Papaver somniferum - Opium : an extract from the sixth volume of the Dictionary of Economic Products of India
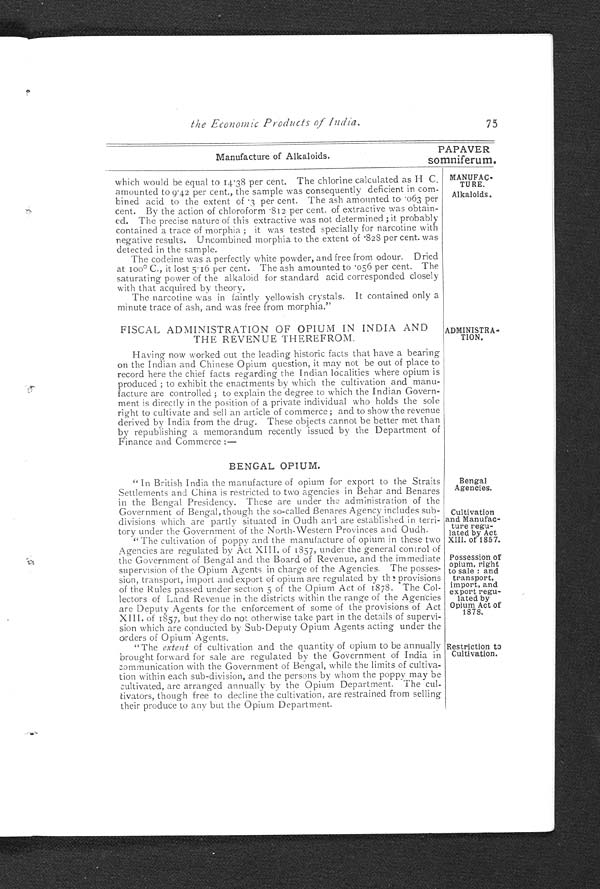
Manufacture of Alkaloids.
PAPAVER
somniferum.
MANUFAC-
TURE.
Alkaloids.
ADMINISTRA-
TION.
Bengal
Agencies.
Cultivation
and Manufac--
ture regu--
lated by Act
XIII. of 1857.
Possession of
opium, right
to sale: and
transport,
import, and
export regu
-
lated by
Opium Act of
1878.
the Economic Products of India.
7 5
which would be equal to 14.38 per cent. The chlorine calculated as H C.
amounted to 9.42 per cent., the sample was consequently deficient in com
-bined acid to the extent of .3 per cent. The ash amounted to .063 per
cent. By the action of chloroform .812 per cent. of extractive was obtain-
-ed. The precise nature of this extractive was not determined; it probably
contained a trace of morphia; it was tested specially for narcotine with
negative results. Uncombined morphia to the extent of .828 per cent. was
detected in the sample.
The codeine was a perfectly white powder, and tree from odour. Dried
at 100°C., it lost 5.16 per cent. The ash amounted to .056 per cent. The
saturating power of the alkaloid for standard acid corresponded closely
with that acquired by theory.
The narcotine was in faintly yellowish crystals. It contained only a
minute trace of ash, and was free from morphia."
FISCAL ADMINISTRATION OF OPIUM IN INDIA AND
THE REVENUE THEREFROM.
Having now worked out the leading historic facts that have a bearing
on the Indian and Chinese Opium question, it may not be out of place to
record here the chief facts regarding the Indian localities where opium is
produced; to exhibit the enactments by which the cultivation and manu
-facture are controlled; to explain the degree to which the Indian Govern
-ment is directly in the position of a private individual who holds the sole
right to cultivate and sell an article of commerce; and to show the revenue
derived by India from the drug. These objects cannot be better met than
by republishing a memorandum recently issued by the Department of
Finance and Commerce:—
BENGAL OPIUM.
"In British India the manufacture of opium for export to the Straits
Settlements and China is restricted to two agencies in Behar and Benares
in the Bengal Presidency. These are under the administration of the
Government of Bengal, though the so-called Benares Agency includes sub
-divisions which are partly situated in Oudh and are established in terri--
tory under the Government of the North-Western Provinces and Oudh.
"The cultivation of poppy and the manufacture of opium in these two
Agencies are regulated by Act XIII. of 1857, under the general control of
the Government of Bengal and the Board of Revenue, and the immediate
supervision of the Opium Agents in charge of the Agencies. The posses
-sion, transport, import and export of opium are regulated by the provisions
of the Rules passed under section 5 of the Opium Act of 1878. The Col
-lectors of Land Revenue in the districts within the range of the Agencies
are Deputy Agents for the enforcement of some of the provisions of Act
XIII, of 1857, but they do not otherwise take part in the details of supervi
-sion which are conducted by Sub-Deputy Opium Agents acting under the
orders of Opium Agents.
"The extent of cultivation and the quantity of opium to be annually
brought forward for sale are regulated by the Government of India in
communication with the Government of Bengal, while the limits of cultiva
-tion within each sub-division, and the persons by whom the poppy may be
cultivated, are arranged annually by the Opium Department.The cul
-tivators, though free to decline the cultivation, are restrained from selling
their produce to any but the Opium Department.
Restriction to
Cultivation.